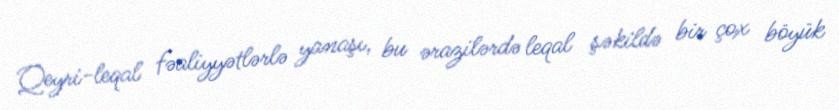
Qeyri-leqal fəaliyyətlərlə yanaşı, bu ərazilərdə leqal şəkildə bir çox böyük